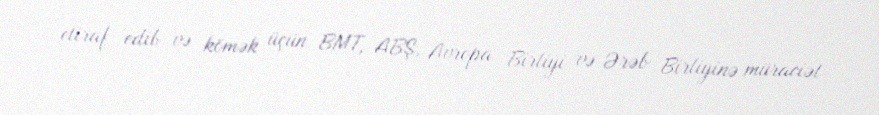
etiraf edib və kömək üçün BMT, ABŞ, Avropa Birliyi və Ərəb Birliyinə müraciət